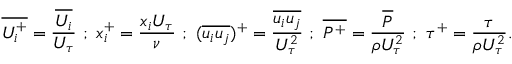
{ \overline { { U _ { i } ^ { + } } } } = \frac { \overline { { U _ { i } } } } { U _ { \tau } } ~ ; ~ { x _ { i } ^ { + } } = \frac { x _ { i } U _ { \tau } } { \nu } ~ ; ~ ( \overline { { u _ { i } u _ { j } } } ) ^ { + } = \frac { \overline { { u _ { i } u _ { j } } } } { U _ { \tau } ^ { 2 } } ~ ; ~ { \overline { { P ^ { + } } } } = \frac { \overline { { P } } } { \rho U _ { \tau } ^ { 2 } } ~ ; ~ { \tau ^ { + } } = \frac { \tau } { \rho U _ { \tau } ^ { 2 } } .